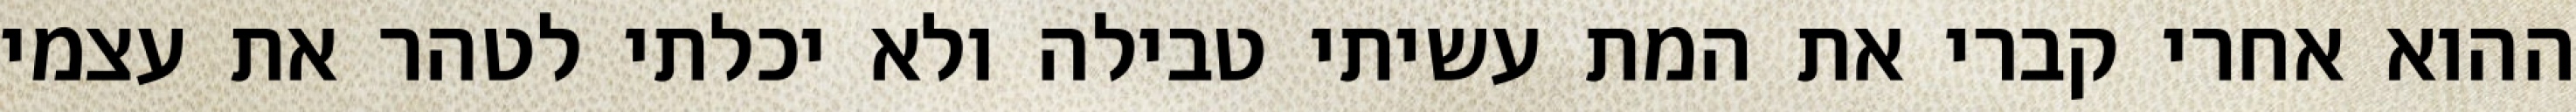
ההוא אחרי קברי את המת עשיתי טבילה ולא יכלתי לטהר את עצמי